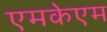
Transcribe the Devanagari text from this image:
एमकेएम